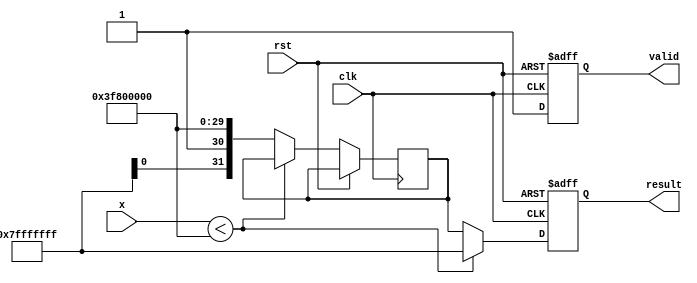
module acosh (
    input wire clk,
    input wire rst,
    input wire [31:0] x,          // Input: 32-bit floating-point (IEEE 754)
    output reg [31:0] result,     // Output: 32-bit floating-point (IEEE 754)
    output reg valid               // Output: Signal indicating valid result
);

    // Internal signals
    reg [31:0] x_squared;
    reg [31:0] x_squared_minus_one;
    reg [31:0] sqrt_x_squared_minus_one;
    reg [31:0] addition_result;
    reg [31:0] ln_result;
    reg error_flag;

    // Floating-point operation modules (to be defined)
    function [31:0] float_sqrt;
        input [31:0] value;
        // Implement square root approximation or use a library
    endfunction

    function [31:0] float_ln;
        input [31:0] value;
        // Implement logarithm approximation or use a library
    endfunction

    always @(posedge clk or posedge rst) begin
        if (rst) begin
            result <= 32'b0;
            valid <= 1'b0;
            error_flag <= 1'b0;
        end else begin
            // Check input validity
            if (x < 32'h3F800000) begin  // Check if x < 1.0 (IEEE 754 representation)
                result <= 32'h7FFFFFFF; // NaN representation (for error)
                valid <= 1'b1;
                error_flag <= 1'b1;
            end else begin
                error_flag <= 1'b0;

                // Compute x^2
                x_squared <= x * x; // You need to implement floating-point multiplication

                // Compute x^2 - 1
                x_squared_minus_one <= x_squared - 32'h3F800000; // Subtract 1.0 (IEEE 754)

                // Compute sqrt(x^2 - 1)
                sqrt_x_squared_minus_one <= float_sqrt(x_squared_minus_one);

                // Compute x + sqrt(x^2 - 1)
                addition_result <= x + sqrt_x_squared_minus_one;

                // Compute ln(x + sqrt(x^2 - 1))
                ln_result <= float_ln(addition_result);

                // Assign result
                result <= ln_result;
                valid <= 1'b1;
            end
        end
    end
endmodule